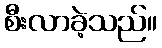
စီးလာခဲ့သည်။